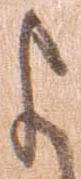
よ